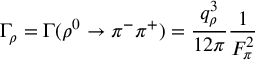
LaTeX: \Gamma _ { \rho } = \Gamma ( \rho ^ { 0 } \to \pi ^ { - } \pi ^ { + } ) = { \frac { q _ { \rho } ^ { 3 } } { 1 2 \pi } } { \frac { 1 } { F _ { \pi } ^ { 2 } } }